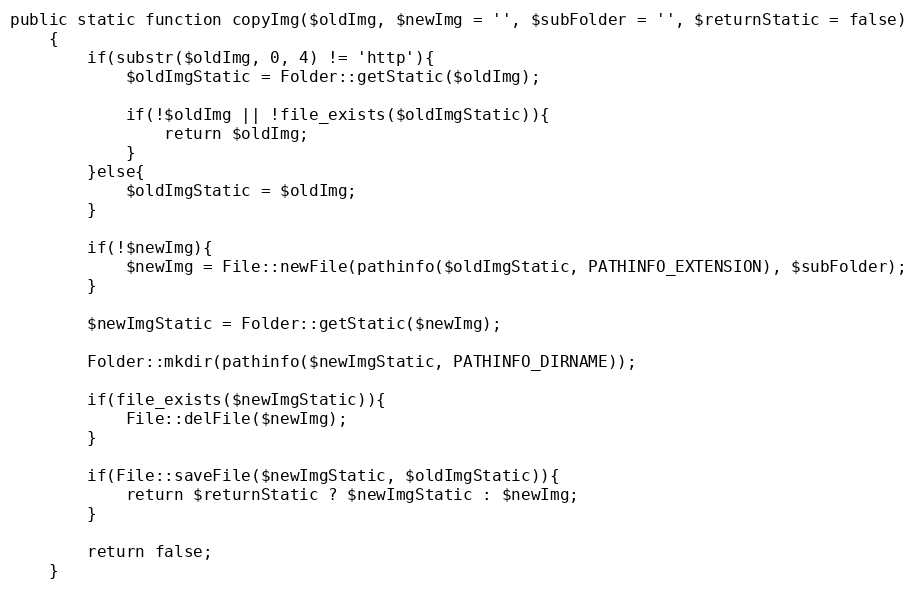
Language: PHP
public static function copyImg($oldImg, $newImg = '', $subFolder = '', $returnStatic = false)
    {
        if(substr($oldImg, 0, 4) != 'http'){
            $oldImgStatic = Folder::getStatic($oldImg);

            if(!$oldImg || !file_exists($oldImgStatic)){
                return $oldImg;
            }
        }else{
            $oldImgStatic = $oldImg;
        }

        if(!$newImg){
            $newImg = File::newFile(pathinfo($oldImgStatic, PATHINFO_EXTENSION), $subFolder);
        }

        $newImgStatic = Folder::getStatic($newImg);

        Folder::mkdir(pathinfo($newImgStatic, PATHINFO_DIRNAME));

        if(file_exists($newImgStatic)){
            File::delFile($newImg);
        }

        if(File::saveFile($newImgStatic, $oldImgStatic)){
            return $returnStatic ? $newImgStatic : $newImg;
        }

        return false;
    }